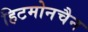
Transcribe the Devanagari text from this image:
हिटमोनचैन